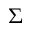
\Sigma